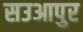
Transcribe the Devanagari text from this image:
सउआपुर